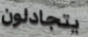
يتجادلون